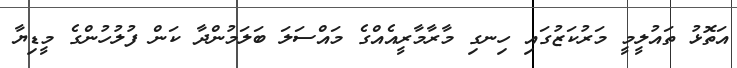
އަތޮޅު ތައުލީމީ މަރުކަޒުގައި ހިނގި މާރާމާރީއެއްގެ މައްސަލަ ބަލަމުންދާ ކަން ފުލުހުންގެ މީޑިޔާ